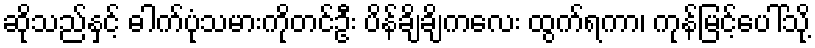
ဆိုသည်နှင့် ဓါက်ပုံသမားကိုတင်ဦး ပိန်ချိချိကလေး ထွက်ရကာ၊ ကုန်မြင့်ပေါ်သို့